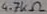
Text: 4.7KΩ